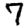
Digit: 7